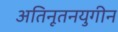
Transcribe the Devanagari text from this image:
अतिनूतनयुगीन